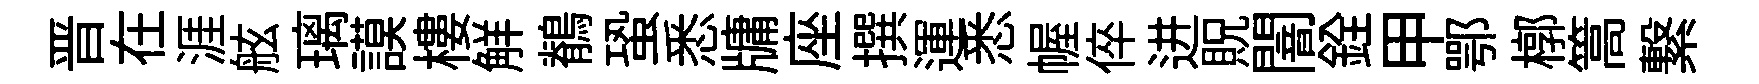
晋在涯舷璃謨樓觧鶺蛩悉牗座撰運悉幄倅进貺闇銓甲鄂槨篙繋